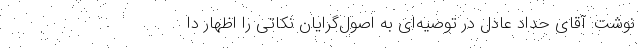
نوشت: آقای حداد عادل در توصیه‌ای به اصول‌گرایان نکاتی را اظهار دا